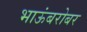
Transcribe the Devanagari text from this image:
भाऊंबरोबर